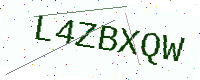
Text: L4ZBXQW